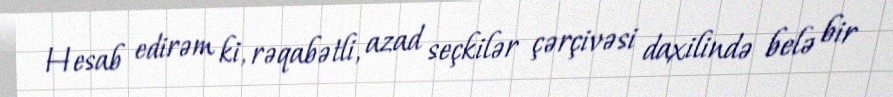
Hesab edirəm ki, rəqabətli, azad seçkilər çərçivəsi daxilində belə bir